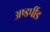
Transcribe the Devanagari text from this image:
अष्डपींड